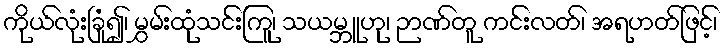
ကိုယ်လုံးခြုံ၍၊ မွှမ်းထုံသင်းကြူ၊ သယမ္ဘူဟု၊ ဉာဏ်တူ ကင်းလတ်၊ အရဟတ်ဖြင့်၊